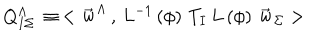
LaTeX: Q _ { I \Sigma } ^ { \Lambda } \, \equiv \, < { \vec { \bf w } } ^ { \Lambda } \, , \, L ^ { - 1 } \left( \phi \right) \, T _ { I } \, L \left( \phi \right) \, { \vec { \bf w } } _ { \Sigma } >